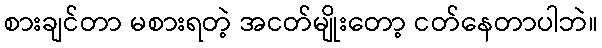
စားချင်တာ မစားရတဲ့ အငတ်မျိုးတော့ ငတ်နေတာပါဘဲ။